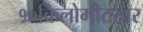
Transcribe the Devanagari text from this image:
१०किलोमीटरवर